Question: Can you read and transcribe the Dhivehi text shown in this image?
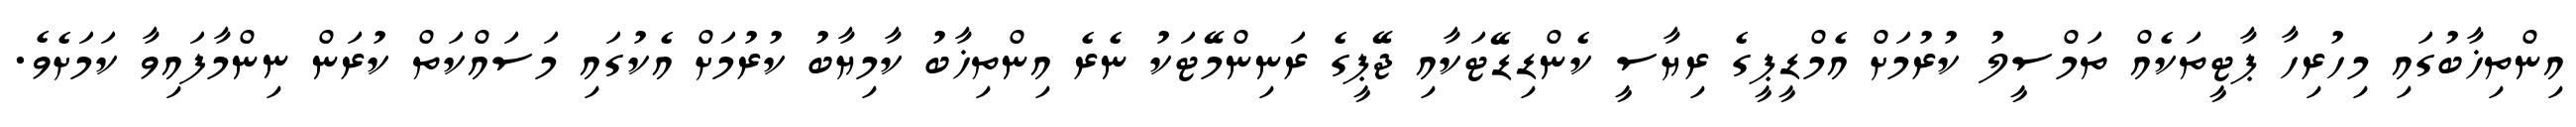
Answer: އިންތިޚާބުގައި މިހުރިހާ ޕާޓީތަކެއް ތަމްސީލު ކުރުމަށް އެމްޑީޕީގެ ރިޔާސީ ކެންޑިޑޭޓަކާއި ޖޭޕީގެ ރަނިންމޭޓަކު ނެރެ އިންތިޚާބު ކާމިޔާބު ކުރުމަށް އެކުގައި މަސައްކަތް ކުރަން ނިންމާފައިވާ ކަމަށެވެ.